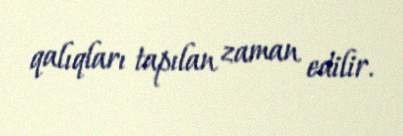
qalıqları tapılan zaman edilir.